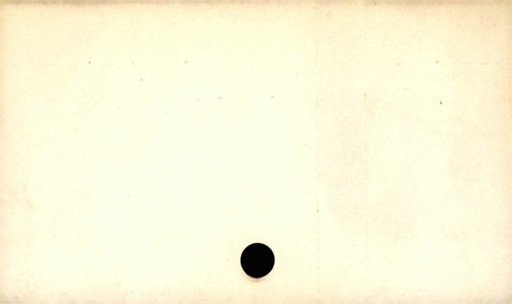
Label: blank